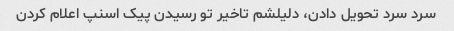
سرد سرد تحویل دادن، دلیلشم تاخیر تو رسیدن پیک اسنپ اعلام کردن